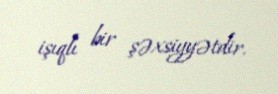
işıqlı bir şəxsiyyətdir.